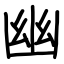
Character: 幽